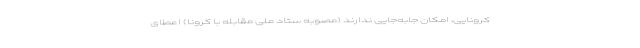
کرونایی، امکان جابه‌جایی ندارند (مصوبه ستاد ملی مقابله با کرونا) اعطای